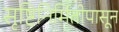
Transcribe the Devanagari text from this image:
सृष्टिनिर्मितीपासून